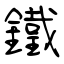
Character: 鐵